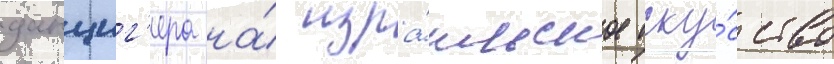
данциг'ера на́ изра́ильское иску́сство